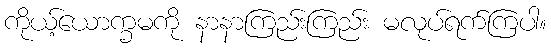
ကိုယ့်ယောက္ခမကို နာနာကြည်းကြည်း မလုပ်ရက်ကြပါ။